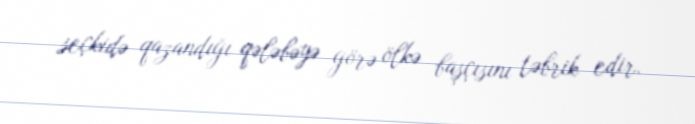
seçkidə qazandığı qələbəyə görə ölkə başçısını təbrik edir.